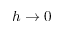
h \to 0